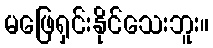
မဖြေရှင်းနိုင်သေးဘူး။